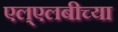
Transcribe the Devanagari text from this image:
एल्‌एलबीच्या